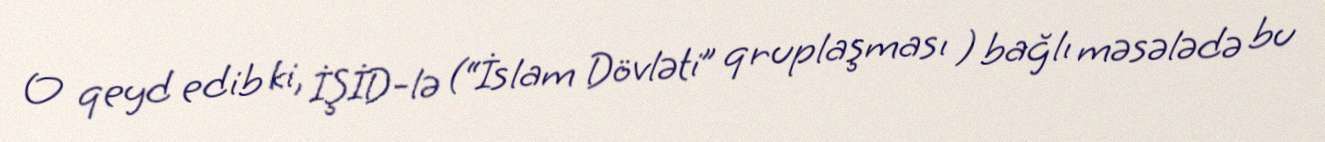
O qeyd edib ki, İŞİD-lə (“İslam Dövləti” qruplaşması ) bağlı məsələdə bu